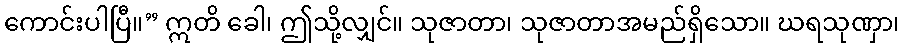
ကောင်းပါပြီ။” ဣတိ ခေါ၊ ဤသို့လျှင်။ သုဇာတာ၊ သုဇာတာအမည်ရှိသော။ ဃရသုဏှာ၊